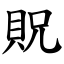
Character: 貺